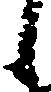
候